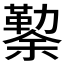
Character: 𰃃